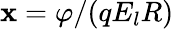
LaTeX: \mathbf{x}=\varphi/(qE_{l}R)